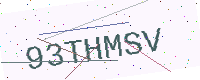
Text: 93THMSV